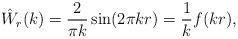
LaTeX: \begin{align*}\hat W_r(k) = \frac{2}{\pi k}\sin(2\pi k r) = \frac{1}{k}f(kr),\end{align*}